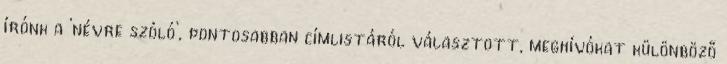
írónk a ’névre szóló’, pontosabban címlistáról választott, meghívókat különböző